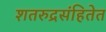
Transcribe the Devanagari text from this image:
शतरुद्रसंहितेत